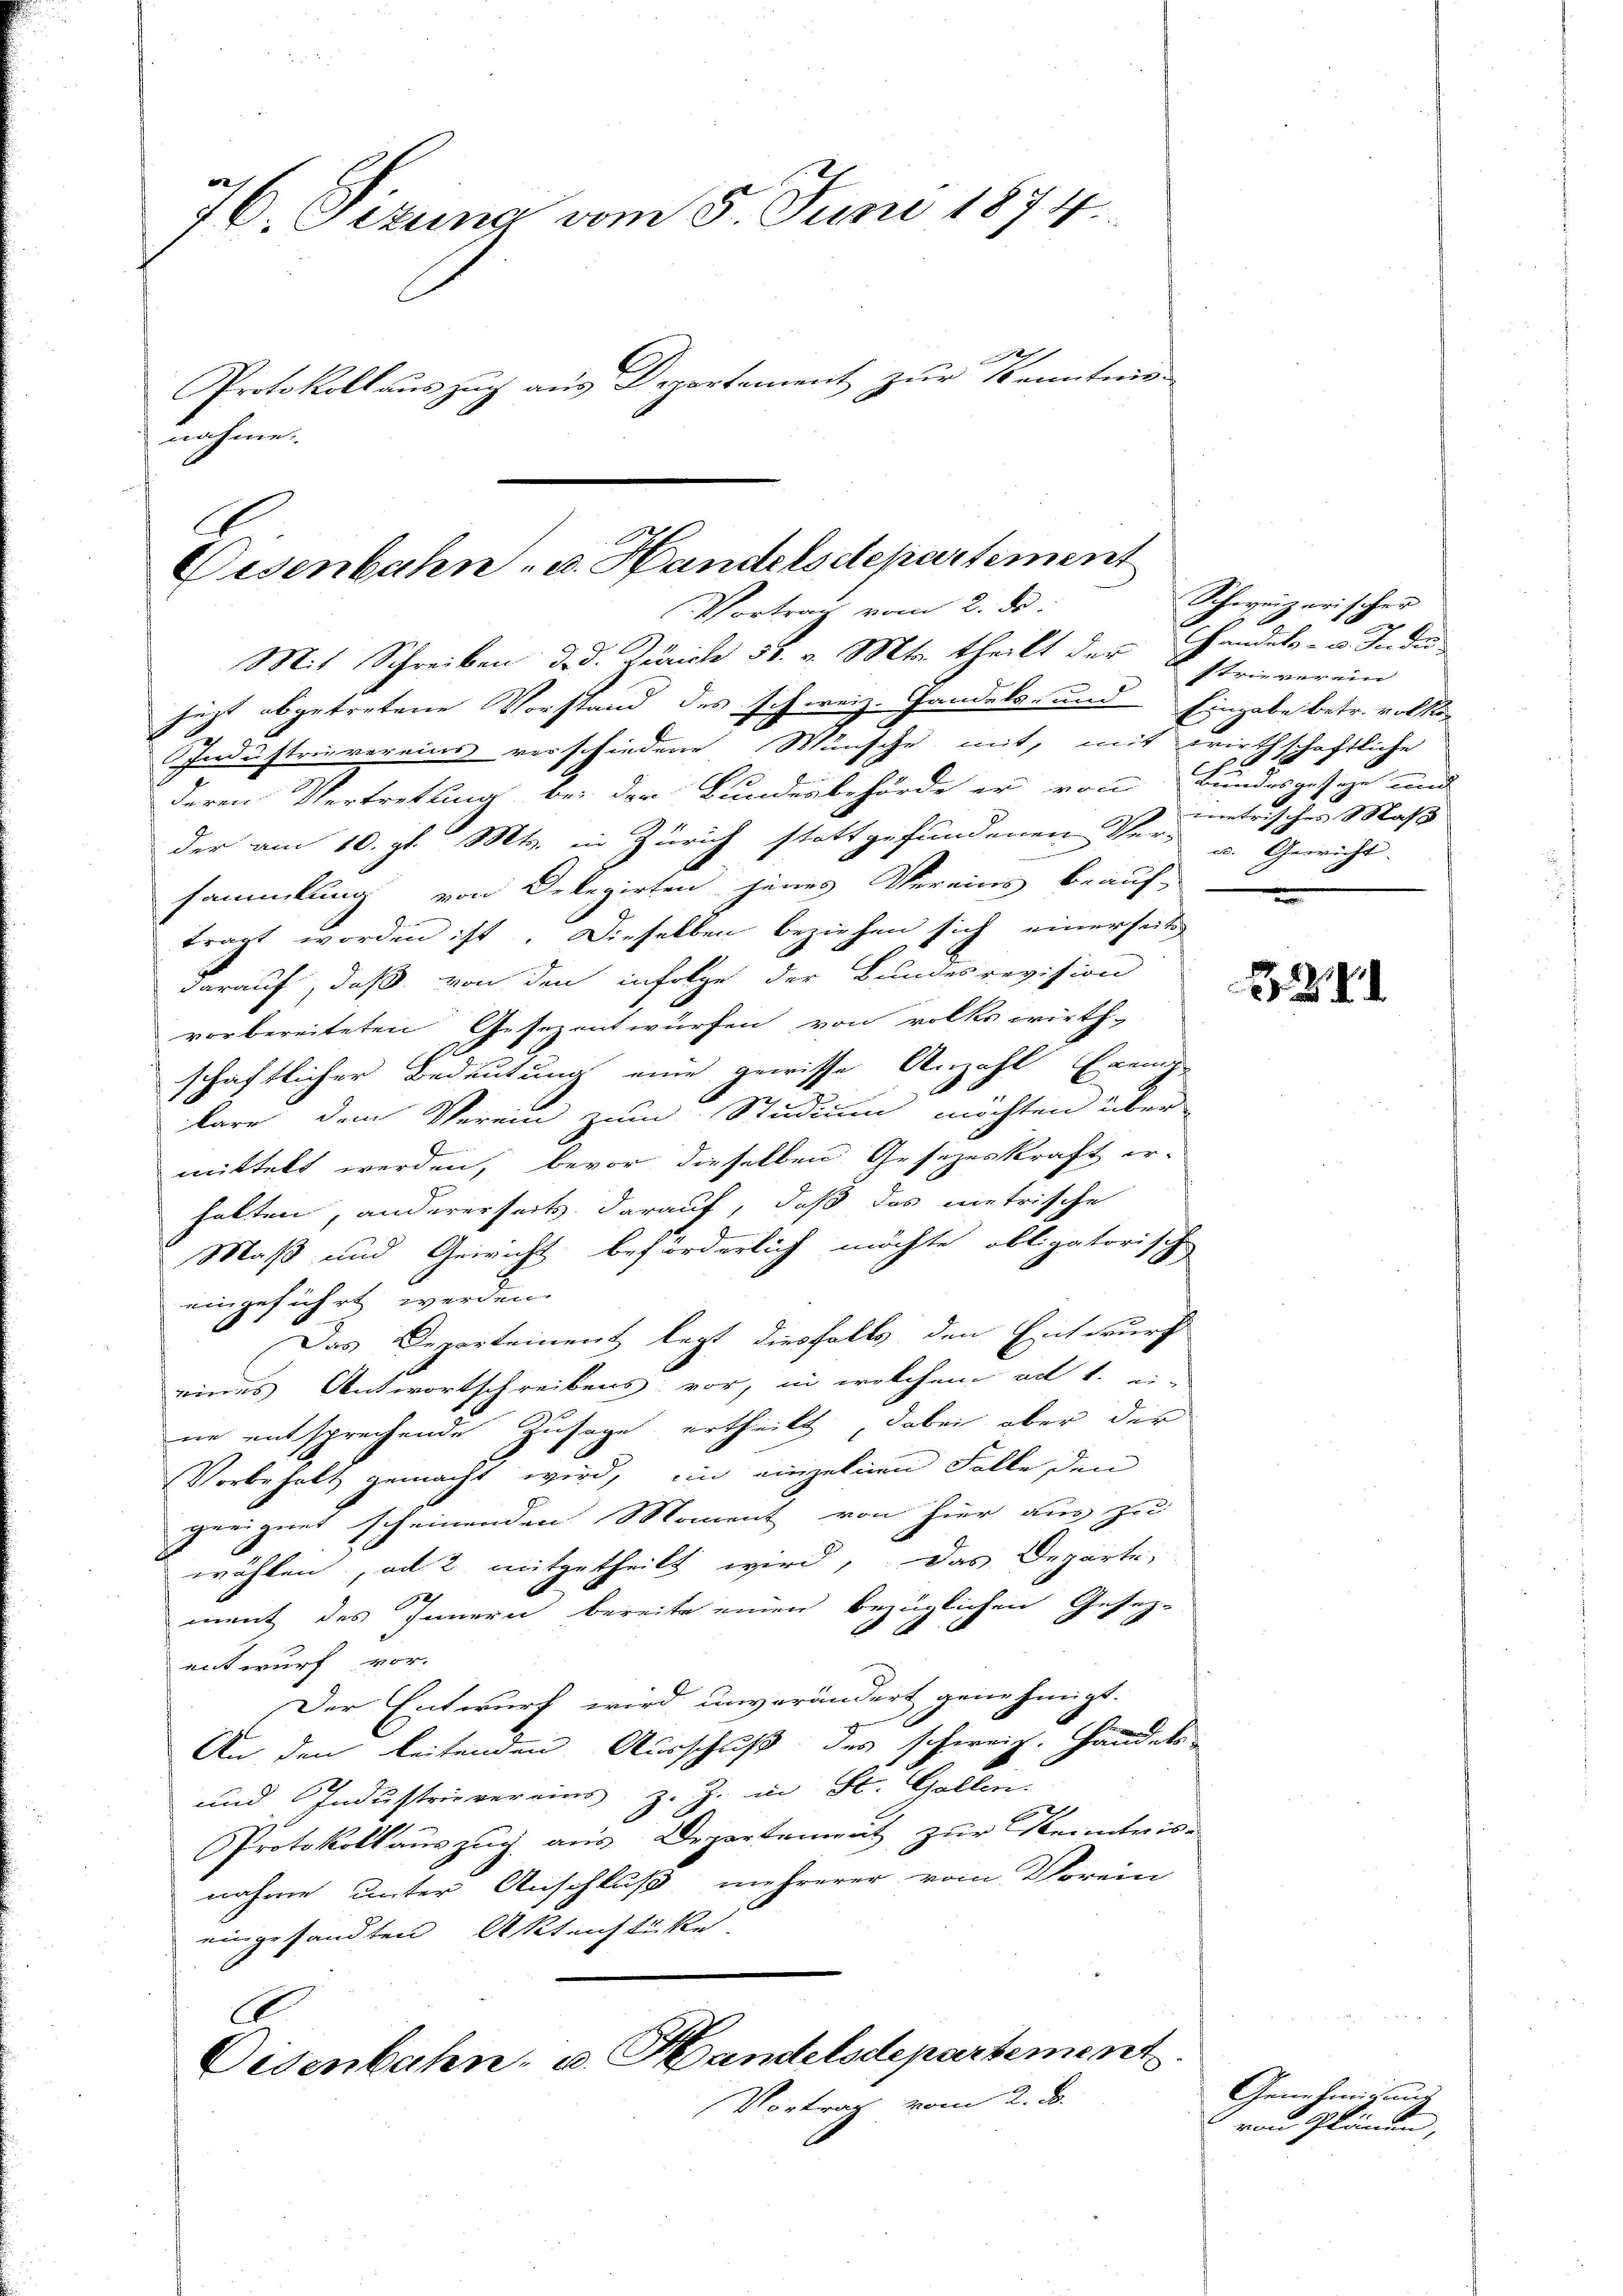
76. Sizung vom 5. Juni 1874.
d
Protokollauszug aus Departement zur Kenntnis-
nahmen.

Eisenbahn- u. Handelsdepartement
Vortrag vom 2. ds.
Mit Schreiben d. d. Zürich 58. v. Mts. theilt der Handels- u. Indu-

heit abgetretene Vorstand des schweiz. Handelsum Eingabe betr. volko¬
.
Industrievereins verschiedene Wünsche mit, mit wir-
deren Vertretung bei der Bundenbehörde er von Bundesgeseze und
der am 10. gl. Mts. in Zürich stattgefundenen Ver- u. Gericht-
sammlung von Dekegirten jenes Vereins beauf-
tragt worden ist. Dieselben beziehen sich einerseitig
darauf, daß von den infolge der Bundesrevision
vorbereiteten Gesezentwürfen von volks wirth-
schaftlicher Bedeutung eine gewisse Anzahl Ereige
bare dem Verein zum Studium möchten über
mittelt werden, bevor dieselben Gesezeskraft er-
halten, andererseits darauf, daß das metrische
J
Maß und Gewicht beförderlich möchte obligatorische
eingeführt werden.
Das Departement legt diesfalls den Entwurf
eines Antwortschreibens vor, in welchem ad 1. ein
ne entsprechende Zusage ertheilt, dabei aber der
Vorbehalt gemacht wird, in einzelnen Falle den
geeignet scheinenden Moment von hier aus zu
wählen, ad 2 mitgetheilt wird, das Departe
ment des Innern bereite einen bezüglichen Gesetz-
entwurf vor.
Der Entwurf wird unverändert genehmigt.
An den leitenden Ausschuß des schweiz. Handels
und Industrie vereins z. Z. in St. Gallen.
Protokollauszug aus Departement zur Kenntnisnahme unter Anschluß mehrerer vom Vorein
eingesandten Aktenstücke.
C
Oisenbahn- u. Handelsdepartement.
Vortrag vom 2. d.

Schweizerischer
ftrieverein
schaftliche
2
h
x
metrisches Maß

.

Genehmigung
von Plänen,